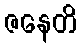
ဇနေတိ